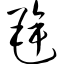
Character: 毪